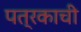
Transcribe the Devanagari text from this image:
पत्रकाची